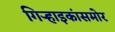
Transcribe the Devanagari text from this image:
गिऱ्हाइकांसमोर